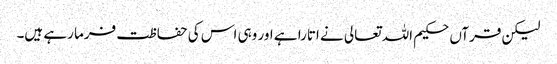
لیکن قرآں حکیم اللہ تعالی نے اتارا ہے اور وہی اس کی حفاظت فرما رہے ہیں۔